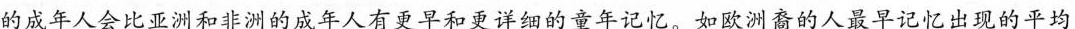
的成年人会比亚洲和非洲的成年人有更早和更详细的童年记忆。如欧洲裔的人最早记忆出现的平均